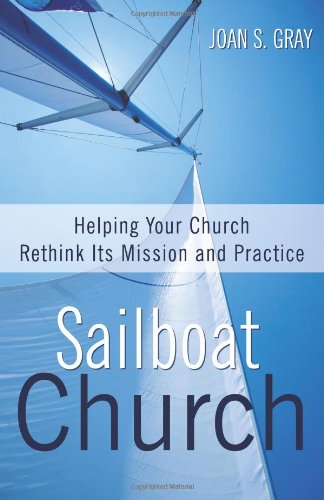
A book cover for Sailboat Church: Helping Your Church Rethink Its Mission and Practice; Joan S. Gray; Christian Books & Bibles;